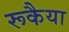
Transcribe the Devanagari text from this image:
रूकैया